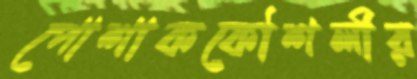
পোশাককৌশলীর